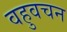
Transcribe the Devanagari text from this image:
वहुवचन